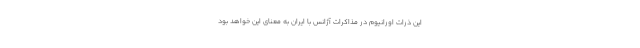
این ذرات اورانیوم در مذاکرات آژانس با ایران به معنای این خواهد بود